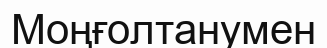
Моңғолтанумен